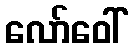
လော်ဝေါ်